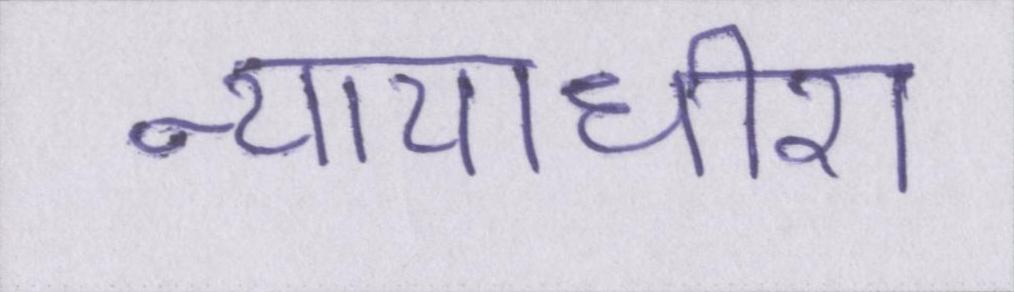
न्यायाधीश